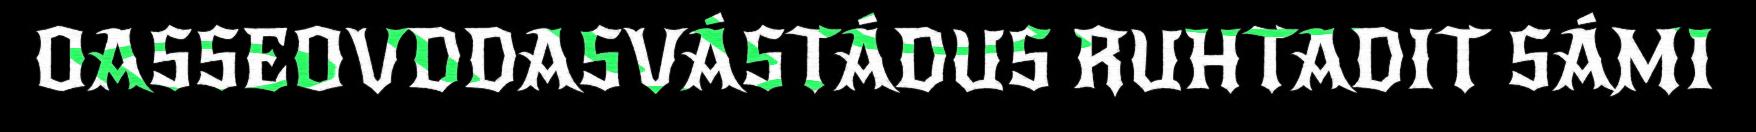
OASSEOVDDASVÁSTÁDUS RUHTADIT SÁMI